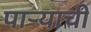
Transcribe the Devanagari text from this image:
पार्‍याची